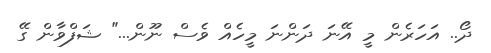
ދޯ.. އަހަރެން މީ އޭނަ ދަންނަ މީހެއް ވެސް ނޫން..." ޝަފްވާން ގޭ